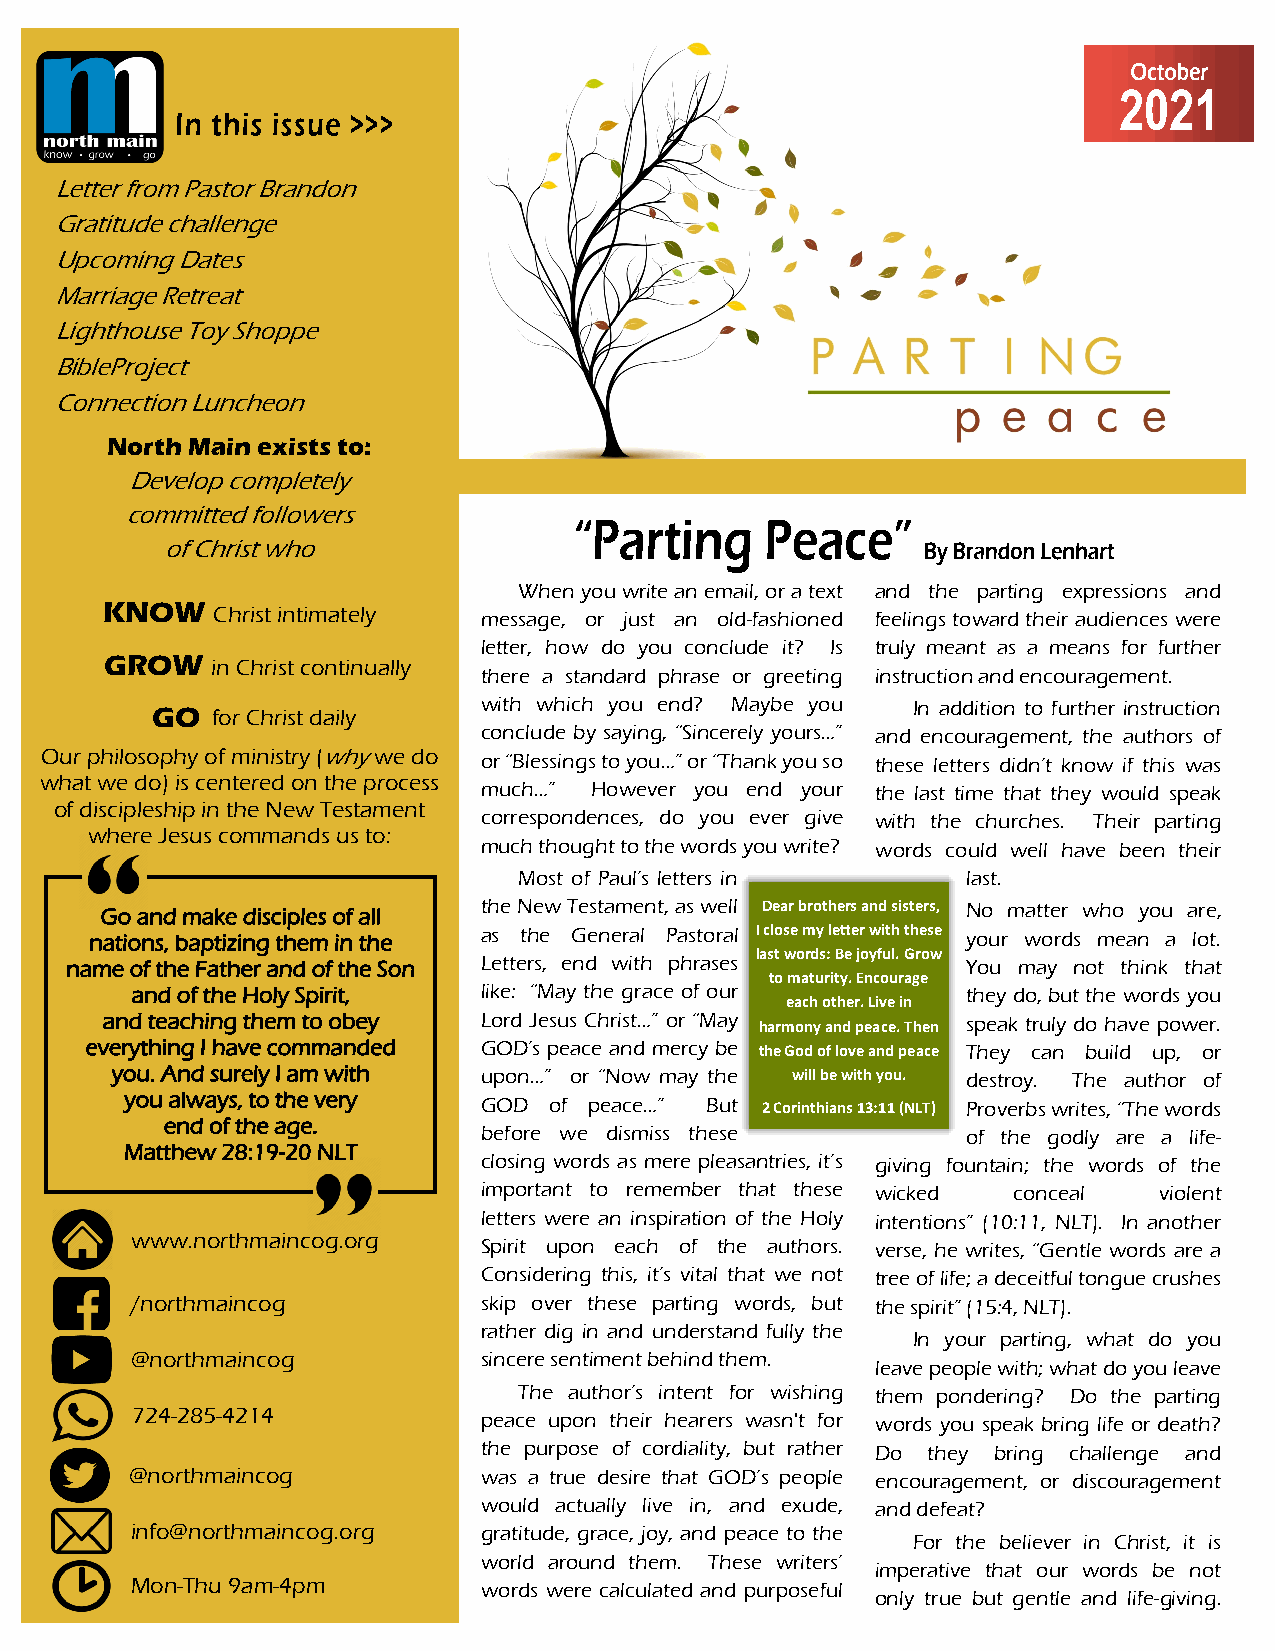
Letter from Pastor Brandon
 Gratitude challenge
 Upcoming Dates
 Marriage Retreat
 Lighthouse Toy Shoppe
 BibleProject
 Connection Luncheon
 North Main exists to:
 Develop completely
 committed followers
 of Christ who
 When you write an email, or a text and the parting expressions and
 KNOW   Christ intimately message, or just an old-fashioned feelings toward their audiences were
 letter, how do you conclude it? Is truly meant as a means for further
 GROW   in Christ continually
 there a standard phrase or greeting instruction and encouragement.
 GO  for Christ daily  with which you end? Maybe you In addition to further instruction
 conclude by saying, “Sincerely yours…” and encouragement, the authors of
 Our philosophy of ministry (why we do or “Blessings to you…” or “Thank you so these letters didn’t know if this was
 what we do) is centered on the process
 much…” However you end your the last time that they would speak
 of discipleship in the New Testament
 correspondences, do you ever give with the churches. Their parting
 where Jesus commands us to:
 much thought to the words you write? words could well have been their
 Most of Paul’s letters in     last.
 Go and make disciples of all the New Testament, as well Dear brothers and sisters, No matter who you are,
 nations, baptizing them in the as the General Pastoral I close my letter with these your words mean a lot.
 last words: Be joyful. Grow
 name of the Father and of the Son Letters, end with phrases You may not think that
 to maturity. Encourage
 and of the Holy Spirit, like: “May the grace of our    they do, but the words you
 each other. Live in
 and teaching them to obey Lord Jesus Christ…” or “May harmony and peace. Then speak truly do have power.
 everything I have commanded GOD’s peace and mercy be the God of love and peace They can build up, or
 you. And surely I am with upon…” or “Now may the will be with you. destroy. The author of
 you always, to the very GOD of peace…” But 2 Corinthians 13:11 (NLT) Proverbs writes, “The words
 end of the age.
 before we dismiss these         of the godly are a life-
 Matthew 28:19-20 NLT
 closing words as mere pleasantries, it’s giving fountain; the words of the
 important to remember that these wicked conceal violent
 letters were an inspiration of the Holy intentions” (10:11, NLT). In another
 www.northmaincog.org
 Spirit upon each of the authors. verse, he writes, “Gentle words are a
 Considering this, it’s vital that we not tree of life; a deceitful tongue crushes
 /northmaincog          skip over these parting words, but the spirit” (15:4, NLT).
 rather dig in and understand fully the
 In your parting, what do you
 @northmaincog          sincere sentiment behind them.
 leave people with; what do you leave
 The author’s intent for wishing them pondering? Do the parting
 724-285-4214           peace upon their hearers wasn't for words you speak bring life or death?
 the purpose of cordiality, but rather Do they bring challenge and
 @northmaincog          was a true desire that GOD’s people encouragement, or discouragement
 would actually live in, and exude, and defeat?
 info@northmaincog.org  gratitude, grace, joy, and peace to the
 For the believer in Christ, it is
 world around them. These writers’
 imperative that our words be not
 Mon-Thu 9am-4pm        words were calculated and purposeful
 only true but gentle and life-giving.